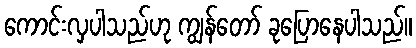
ကောင်းလှပါသည်ဟု ကျွန်တော် ခုပြောနေပါသည်။